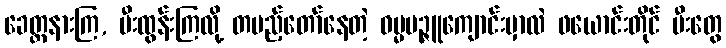
ခေတ္တနားကြ, မီးထွန်းကြလို့ တပည့်တော်နေတဲ့ ဓမ္မမဉ္ဇူကျောင်းမှာလဲ ဖယောင်းတိုင် မီးတွေ